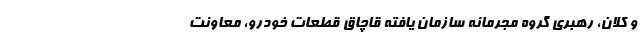
و کلان، رهبری گروه مجرمانه سازمان یافته قاچاق قطعات خودرو، معاونت